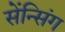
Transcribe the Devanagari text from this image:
सेंन्सिंग